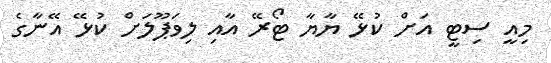
މިއީ ސިޓީ އަށް ކުޅޭ ޔާޔާ ޓޯރޭ އާއި ލިވަޕޫލަށް ކުޅޭ އޭނާގެ